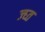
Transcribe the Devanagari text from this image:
ज्घ्त